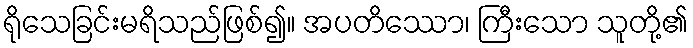
ရိုသေခြင်းမရိသည်ဖြစ်၍။ အပတိဿော၊ ကြီးသော သူတို့၏